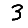
Digit: 3